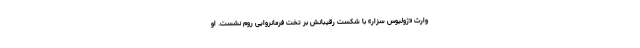
وارث «ژولیوس سزار» با شکست رقیبانش بر تخت فرمانروایی روم نشست. او